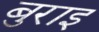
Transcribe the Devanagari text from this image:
बुराइ